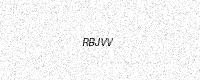
Text: RBJVV